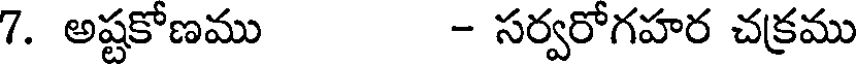
7. అష్టకోణము - సర్వరోగహర చక్రము